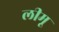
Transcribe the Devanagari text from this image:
लीमू